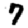
Digit: 7